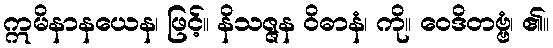
ဣမိနာနယေန၊ ဖြင့်။ နိသဇ္ဇန ဝိဓာနံ၊ ကို။ ဝေဒိတဗ္ဗံ၊ ၏။